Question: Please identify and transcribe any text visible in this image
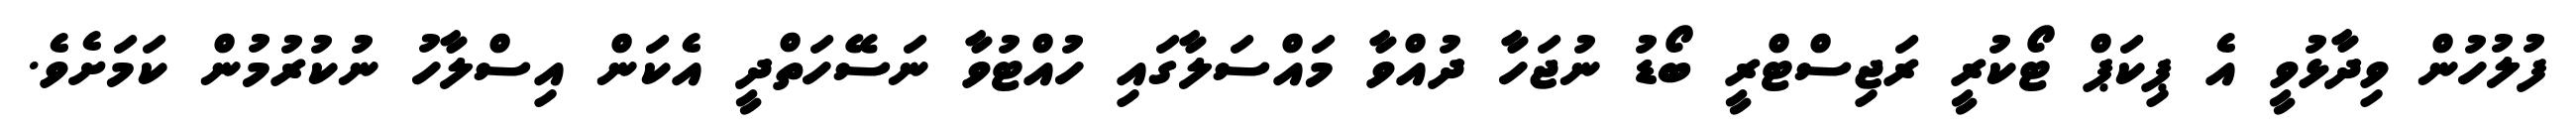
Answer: ފުލުހުން ވިދާޅުވީ އެ ޕިކަޕް ޓޯކުރީ ރަޖިސްޓްރީ ބޯޑު ނުޖަހާ ދުއްވާ މައްސަލާގައި ހުއްޓުވާ ނަސޭހަތްދީ އެކަން އިސްލާހު ނުކުރުމުން ކަމަށެވެ.